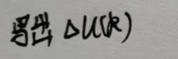
$\Delta U(k)$